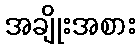
အချိုးအစား